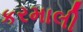
કરમાલી